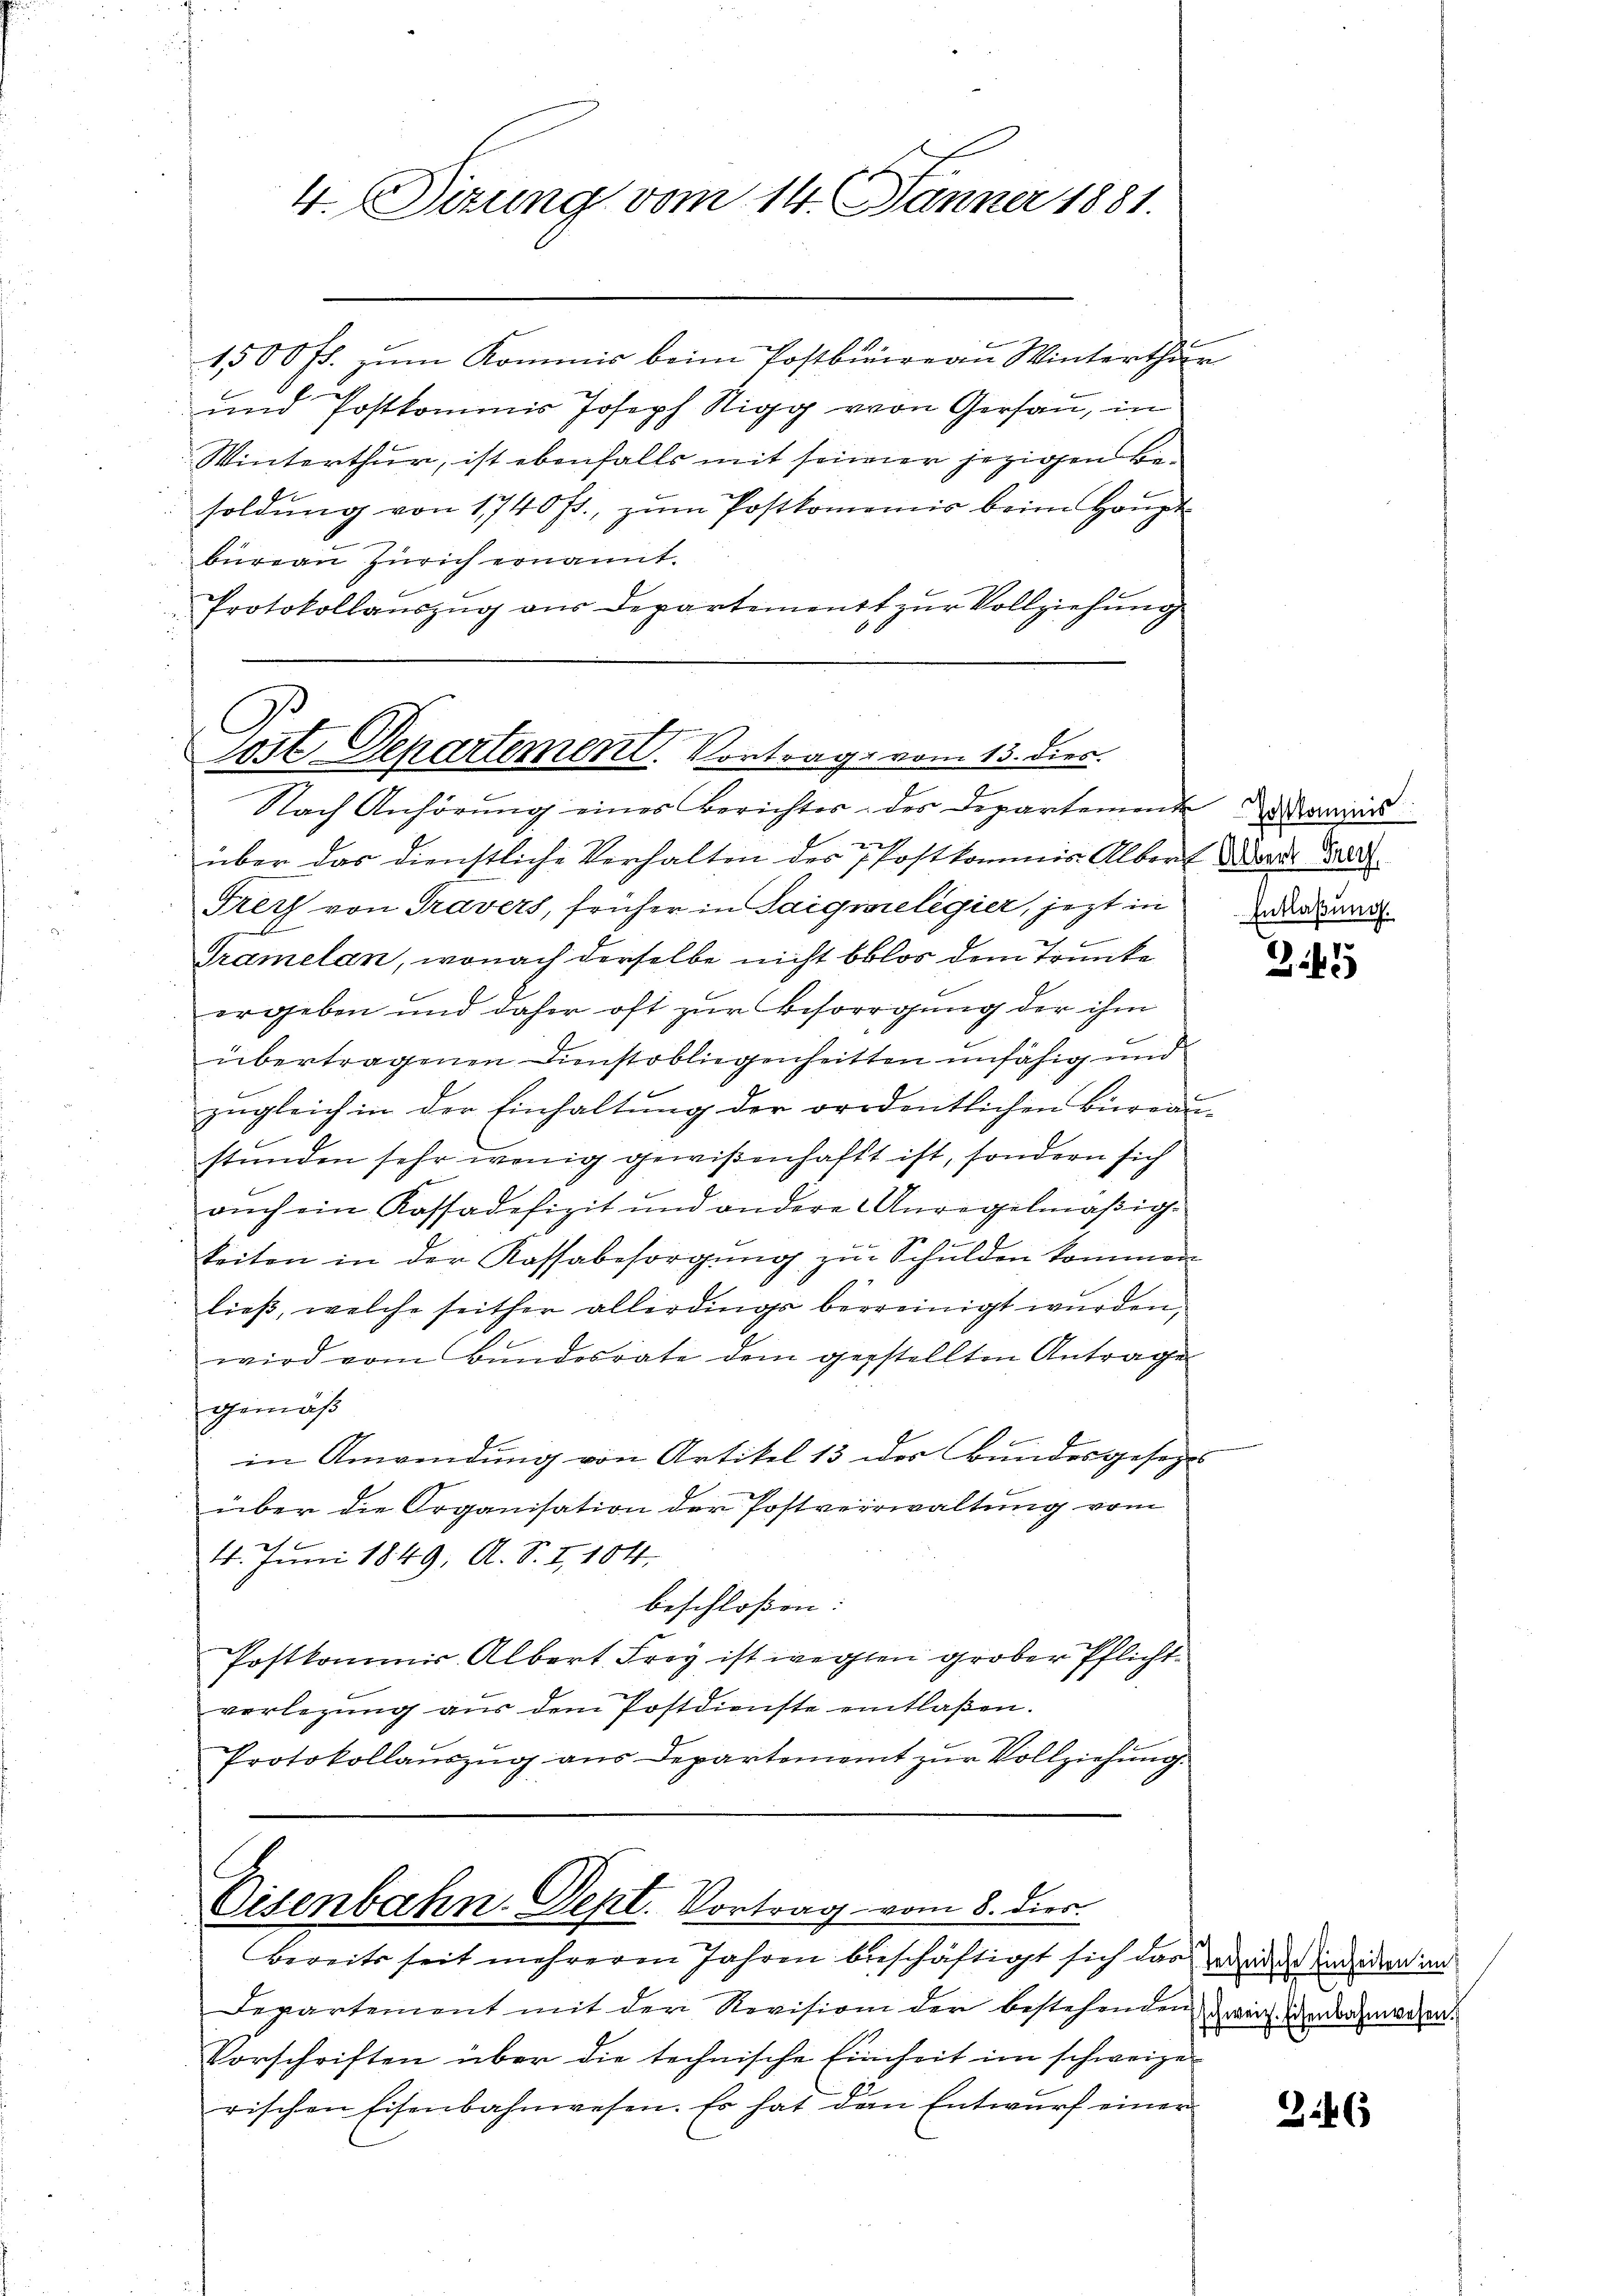
4. Ditung vom 14. Jänner 1881.

1500 fl. zum Kommis beim Postbureau Winterthur
und Postkommis Joseph Stigg von Gersau, in
Winterthur, ist ebenfalls mit seiner jezigen Besoldŭng von 1740 fr., zŭm Postkomenis beim Haupt-
büreau Zürich ernannt.
Protokollauszug aus Departement zur Vollziehung
d

Jost Departement. Vortrage vom 13. dies

Eisenbahn. Sept. Vortrag vom 8. dies
Bereits seit mehreren Jahren beschäftigt sich das weder indidern an

Departement mit der Revision der bestehenden Zweifenbahnwehren.
Vorschriften über die technische Einheit im schweize
rischen Eisenbahnwesen. Es hat den Entwurf einer

Nach Anhörŭng eines Berichtes des Departemente Kommis
über das dienstliche Verhalten des Postkommis Albert Art. 288.
Frey von Gravers, früher in Saigwreligier, jezt in
Gramelan, wonach derselbe nicht blos dem Trunke
ergeben und daher oft zur Besorgung der ihm
e
übertragenen Dienstobliegenheitten unfähig und
zŭgleich in der Einhaltung der ordentlichen Büreau-
stunden sehr wenig gewißenhaft ist, sondern sich
aŭch ein Kassadefizit und andere Anregelmäβig-
keiten in der Kassabesorgŭng zŭr Schulden kommen
ließ, welche seither allerdings bereinigt wurden,
wird vom Bundesrate dem gestellten Antrage
gemäß
in Anwendung von Artikel 13 des Bundesgesezes
über die Organisation der Postverwaltung vom
14. Juni 1849, A. S. I, 104.
beschloßen:
Postkommis, Albert Frey ist wegten grober Pflicht
verlegung aŭs dem Postdienste eintlaßen.
Protokollauszug aus Departement zur Vollziehung.

Entlaßung.

245

346